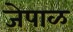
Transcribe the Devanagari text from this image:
जेपाळ